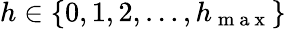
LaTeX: h\in\{ 0,1,2,\dots,h_{\mathrm{~m~a~x~}}\}